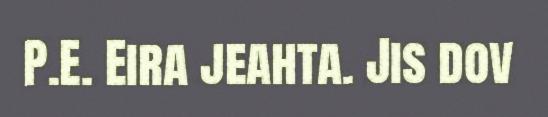
P.E. Eira jeahta. Jis dov